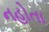
નહોતા